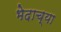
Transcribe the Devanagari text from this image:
भेदाच्या